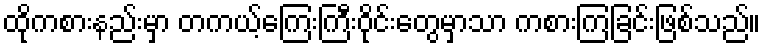
ထိုကစားနည်းမှာ တကယ့်ကြေးကြီးဝိုင်းတွေမှာသာ ကစားကြခြင်းဖြစ်သည်။